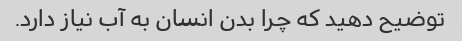
توضیح دهید که چرا بدن انسان به آب نیاز دارد.